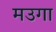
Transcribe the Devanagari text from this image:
मउगा